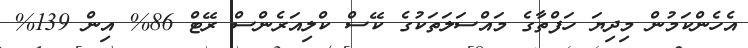
އެހެންކަމުން މިދިޔަ ހަފްތާގެ މައްސަލަތަކުގެ ކޭސް ކްލިއަރެންސް ރޭޓް 86% އިން 139%